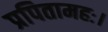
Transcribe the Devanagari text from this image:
प्रपितामहः।